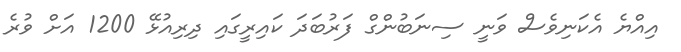
އިއްޔެ އެކަނިވެސް ވަނީ ސިނަބުންގް ފަރުބަދަ ކައިރީގައި ދިރިއުޅޭ 1200 އަށް ވުރެ